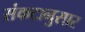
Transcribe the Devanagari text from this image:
संकटानुसार